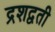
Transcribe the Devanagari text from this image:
द्रशद्वती